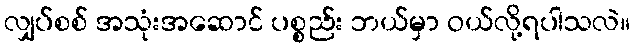
လျှပ်စစ် အသုံးအဆောင် ပစ္စည်း ဘယ်မှာ ဝယ်လို့ရပါသလဲ။